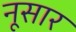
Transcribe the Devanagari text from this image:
नूसार